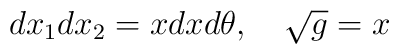
dx_1 dx_2  = x dx d\theta  ,\ \ \   \sqrt{g}  =  x